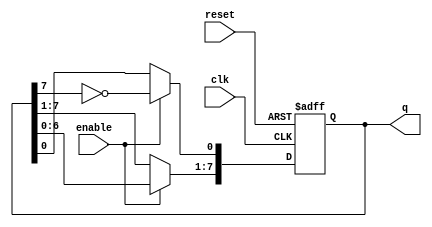
module johnson_counter (
    input wire clk,          // Clock signal
    input wire reset,        // Asynchronous reset signal
    input wire enable,       // Enable signal
    output reg [7:0] q       // 8-bit output representing the counter state
);

    // Always block triggered on the rising edge of the clock or reset
    always @(posedge clk or posedge reset) begin
        if (reset) begin
            // Reset the counter to initial state (00000000)
            q <= 8'b00000000;
        end else if (enable) begin
            // Johnson counter logic
            q[0] <= ~q[7];        // Feedback from the last flip-flop
            q[7:1] <= q[6:0];     // Shift the states
        end
    end

endmodule